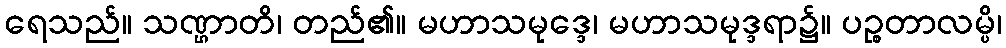
ရေသည်။ သဏ္ဌာတိ၊ တည်၏။ မဟာသမုဒ္ဒေ၊ မဟာသမုဒ္ဒရာ၌။ ပဉ္စတာလမ္ပိ၊